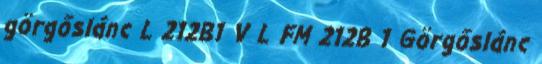
görgőslánc L 212B1 V L FM 212B 1 Görgőslánc